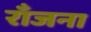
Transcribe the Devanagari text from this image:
राँजना